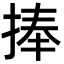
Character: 捧